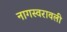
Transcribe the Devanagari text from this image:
नागस्वरावली